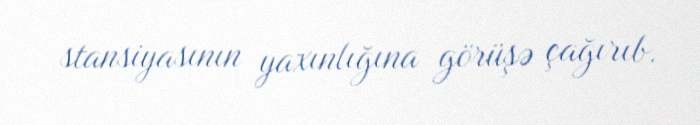
stansiyasının yaxınlığına görüşə çağırıb.